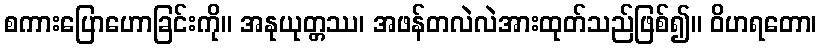
စကားပြောဟောခြင်းကို။ အနုယုတ္တဿ၊ အဖန်တလဲလဲအားထုတ်သည်ဖြစ်၍။ ဝိဟရတော၊